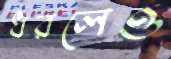
ধরলেও